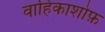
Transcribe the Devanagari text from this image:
वाहिकाशोफ़